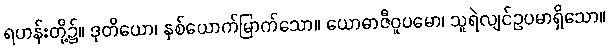
ရဟန်းတို့၌။ ဒုတိယော၊ နှစ်ယောက်မြာက်သော။ ယောဓာဇီဝူပမော၊ သူရဲလျင်ဥပမာရှိသော။